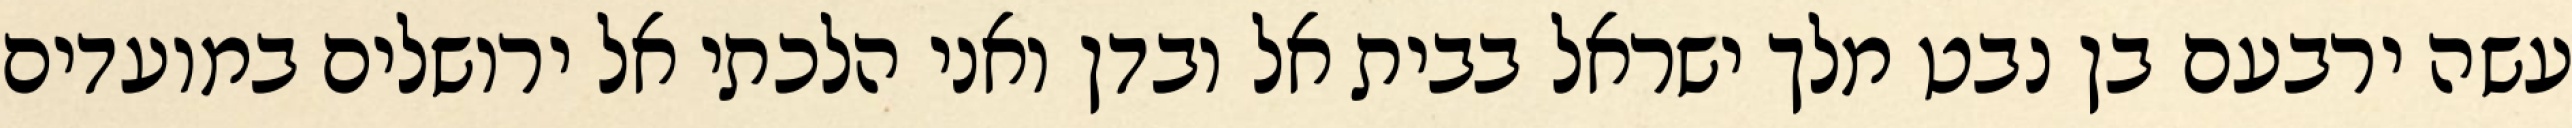
עשה ירבעם בן נבט מלך ישראל בבית אל ובדן ואני הלכתי אל ירושלים במועדים